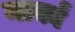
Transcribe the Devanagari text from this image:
नार्कां